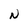
Character: N